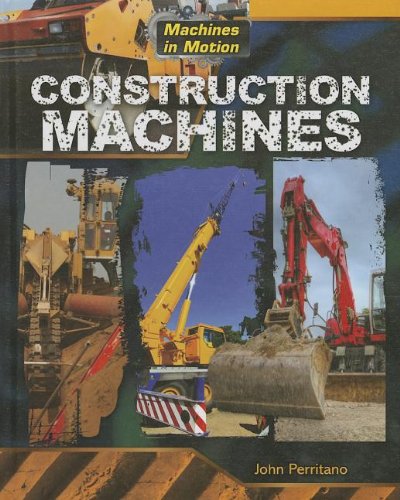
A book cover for Construction Machines (Machines in Motion (Gareth Stevens)); John Perritano; Children's Books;